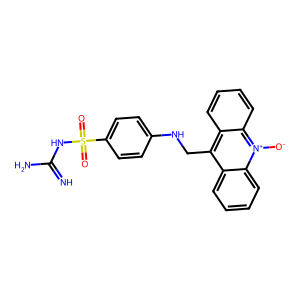
SMILES: N=C(N)NS(=O)(=O)c1ccc(NCc2c3ccccc3[n+]([O-])c3ccccc23)cc1
Inhibits HIV replication: No